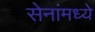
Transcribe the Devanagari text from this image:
सेनांमध्ये